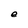
Character: e